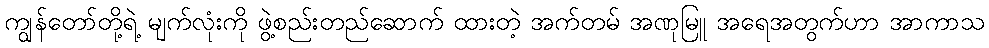
ကျွန်တော်တို့ရဲ့ မျက်လုံးကို ဖွဲ့စည်းတည်ဆောက် ထားတဲ့ အက်တမ် အဏုမြူ အရေအတွက်ဟာ အာကာသ